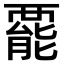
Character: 𧟽